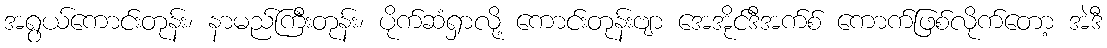
အရွယ်ကောင်းတုန်း၊ နာမည်ကြီးတုန်း၊ ပိုက်ဆံရှာလို့ ကောင်းတုန်းဗျာ အေအိုင်ဒီအက်စ် ကောက်ဖြစ်လိုက်တော့ အဲဒီ